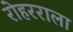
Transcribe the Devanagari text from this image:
रोहरराला